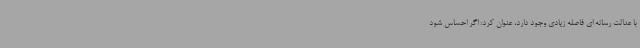
با عدالت رسانه ای فاصله زیادی وجود دارد، عنوان کرد: اگر احساس شود